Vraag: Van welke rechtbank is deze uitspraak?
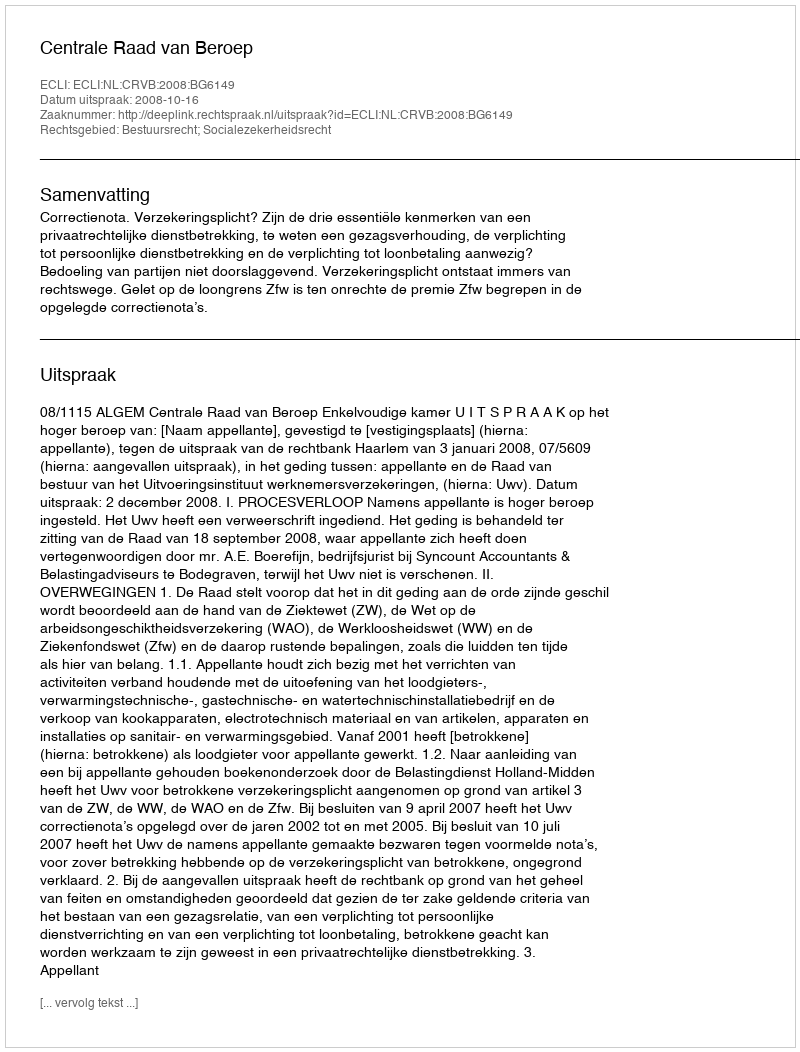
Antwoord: Centrale Raad van Beroep